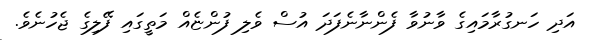
އަދި ހަނގުރާމައިގެ ވާނުވާ ފެންނާނެފަދަ އުސް ވެލި ފުންޏެއް މަތީގައި ފޭލިގެ ޖެހުނެވެ.